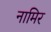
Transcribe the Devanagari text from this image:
नामिर